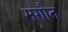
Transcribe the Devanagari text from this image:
मगौत